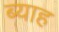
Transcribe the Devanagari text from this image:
ब्‍याह